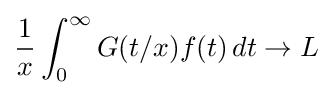
{\frac {1}{x}}\int _{0}^{\infty }G(t/x)f(t)\,dt\to L